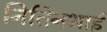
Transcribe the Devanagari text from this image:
नितिनभाई